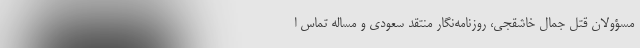
مسؤولان قتل جمال خاشقجی، روزنامه‌نگار منتقد سعودی و مساله تماس‌ ا